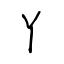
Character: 丫